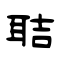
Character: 聐